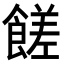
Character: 𩝭